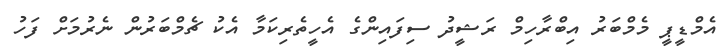
އެމްޑީޕީ މެމްބަރު އިބްރާހިމް ރަޝީދު ސިފައިންގެ އެހީތެރިކަމާ އެކު ޗެމްބަރުން ނެރުމަށް ފަހު